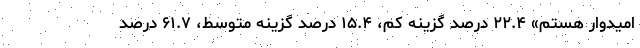
امیدوار هستم» ۲۲.۴ درصد گزینه کم، ۱۵.۴ درصد گزینه متوسط، ۶۱.۷ درصد